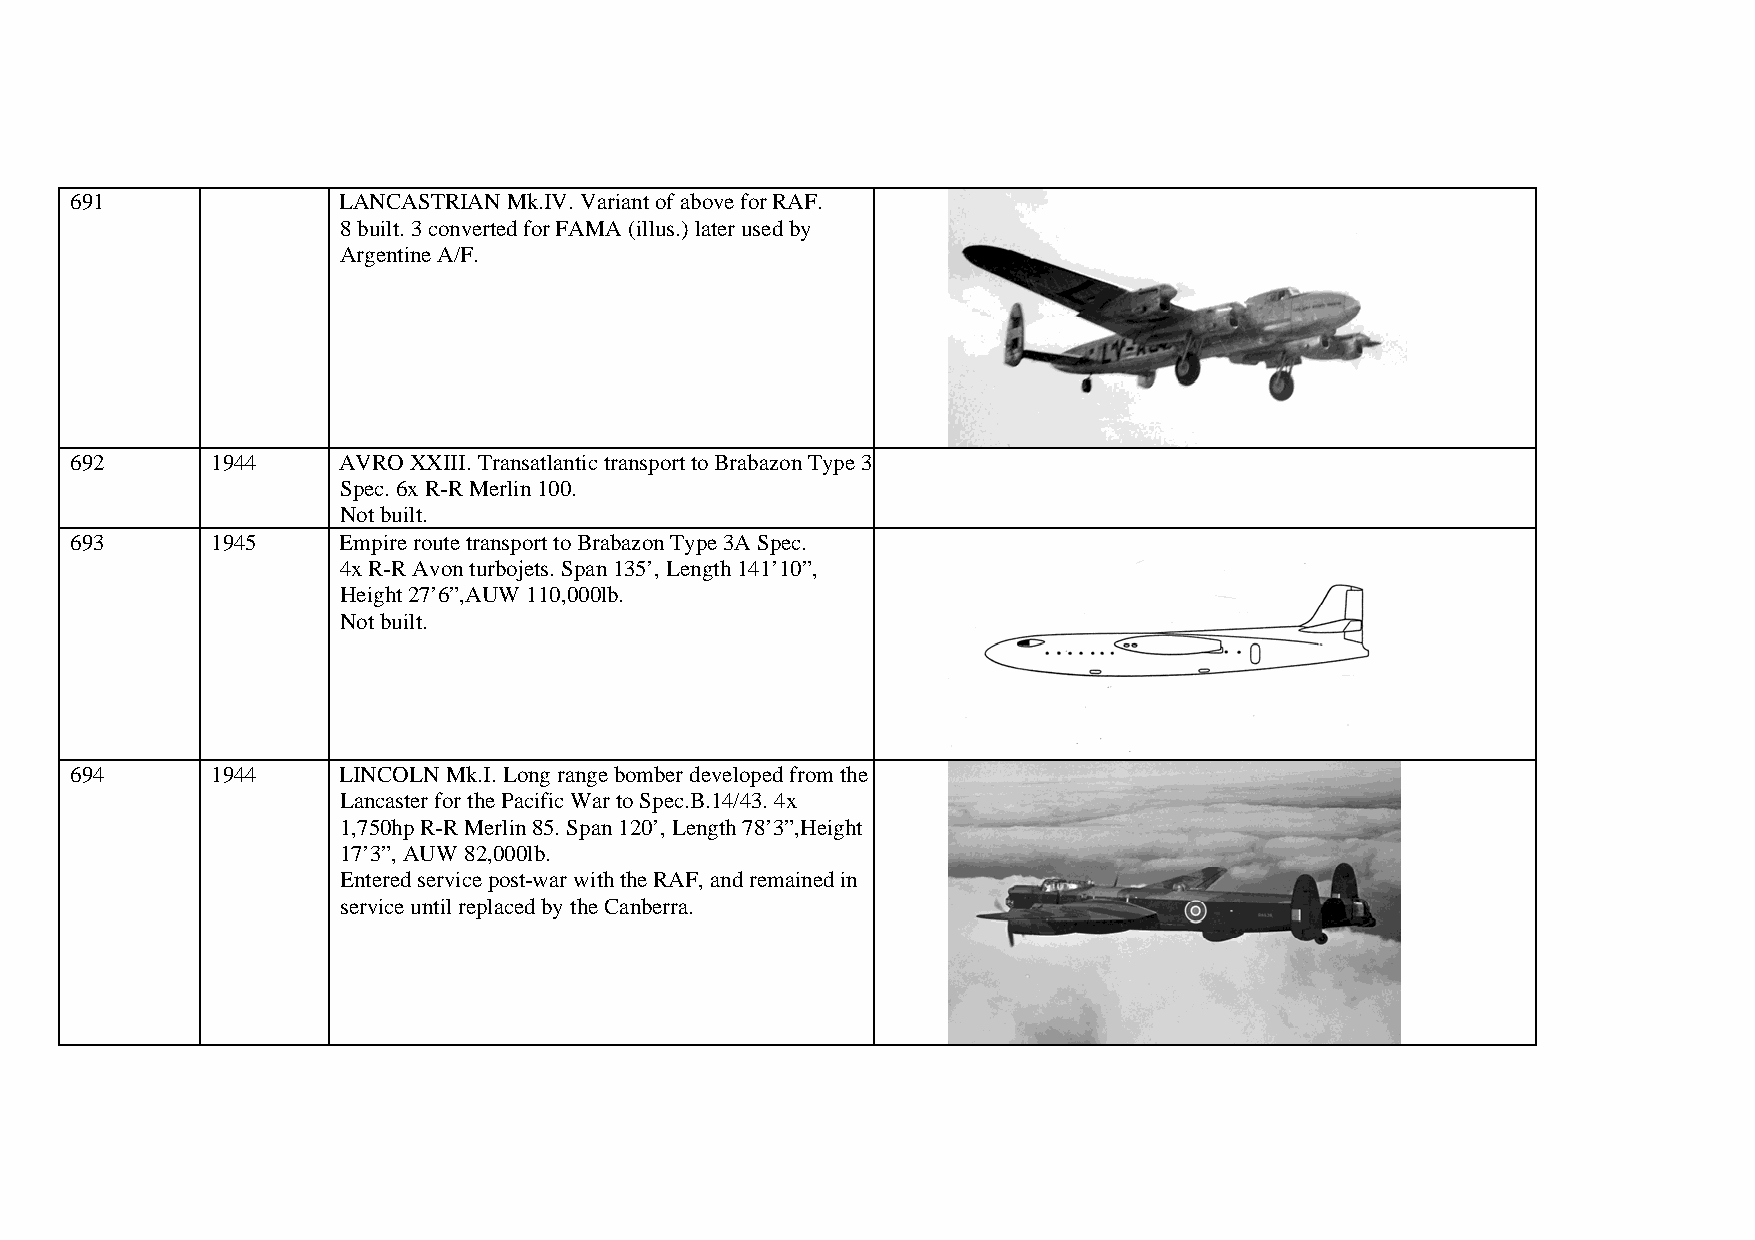
691              LANCASTRIAN Mk.IV. Variant of above for RAF.
 8 built. 3 converted for FAMA (illus.) later used by
 Argentine A/F.
 692      1944    AVRO XXIII. Transatlantic transport to Brabazon Type 3
 Spec. 6x R-R Merlin 100.
 Not built.
 693      1945    Empire route transport to Brabazon Type 3A Spec.
 4x R-R Avon turbojets. Span 135’, Length 141’10”,
 Height 27’6”,AUW 110,000lb.
 Not built.
 694      1944    LINCOLN Mk.I. Long range bomber developed from the
 Lancaster for the Pacific War to Spec.B.14/43. 4x
 1,750hp R-R Merlin 85. Span 120’, Length 78’3”,Height
 17’3”, AUW 82,000lb.
 Entered service post-war with the RAF, and remained in
 service until replaced by the Canberra.